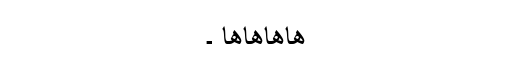
ھاھاھاھا ۔